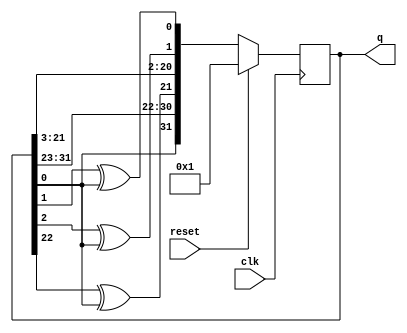
module top_module(
    input clk,
    input reset,   
    output [31:0] q
);
  
  always @(posedge clk) begin
      if(reset) 
        q <= 32'h1;
      else begin
        q <= {q[0], q[31:23], q[22]^q[0], q[21:3], q[2]^q[0], q[1]^q[0]};
      end
  end
endmodule